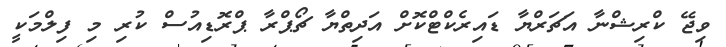
ވިޖޭ ކްރިޝްނާ އަޗަރްޔާ ޑައިރެކްޓްކޮށް އަދިތްޔާ ޗޯޕްރާ ޕްރޮޑިއުސް ކުރި މި ފިލްމަކީ